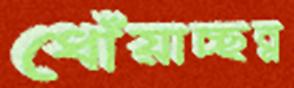
ধোঁয়াচ্ছন্ন